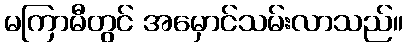
မကြာမီတွင် အမှောင်သမ်းလာသည်။